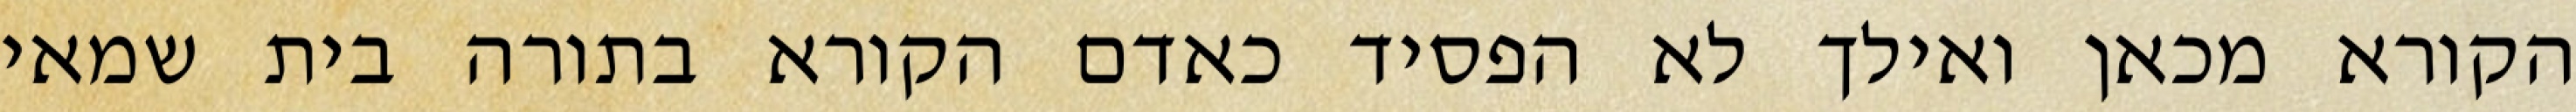
הקורא מכאן ואילך לא הפסיד כאדם הקורא בתורה בית שמאי